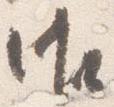
御